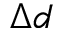
\Delta d